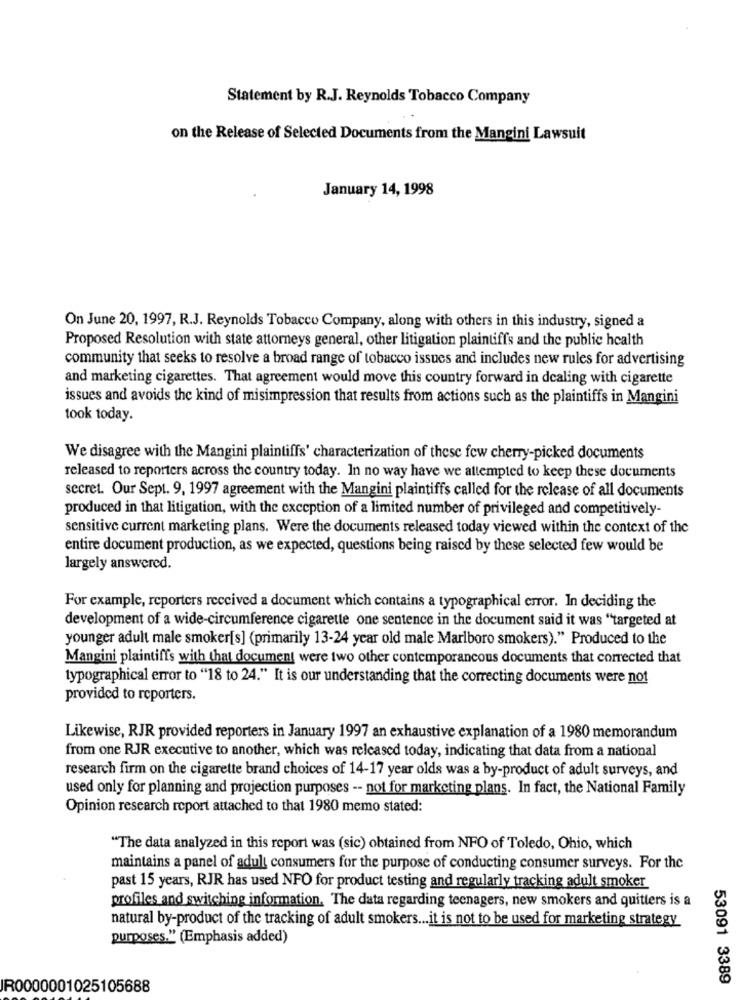
Statement by R.J. Reynolds Tobacco Company
on the Release of Selected Documents from the Mangini Lawsuit
January 14, 1998
On June 20, 1997, R.J. Reynolds Tobacco Company, along with others in this industry, signed a
Proposed Resolution with state attorneys general, other litigation plaintiffs and the public health
community that seeks to resolve a broad range of tobacco issues and includes new rules for advertising
and marketing cigarettes. That agreement would move this country forward in dealing with cigarette
issues and avoids the kind of misimpression that results from actions such as the plaintiffs in Mangini
took today.
We disagree with the Mangini plaintiffs' characterization of these few cherry-picked documents
released to reporters across the country today. In no way have we attempted to keep these documents
secret. Our Sept. 9, 1997 agreement with the Mangini plaintiffs called for the release of all documents
produced in that litigation, with the exception of a limited number of privileged and competitively-
sensitive current marketing plans. Were the documents released today viewed within the context of the
entire document production, as we expected, questions being raised by these selected few would be
largely answered.
For example, reporters received a document which contains a typographical error. In deciding the
development of a wide-circumference cigarette one sentence in the document said it was "targeted at
younger adult male smoker[s] (primarily 13-24 year old male Marlboro smokers)." Produced to the
Mangini plaintiffs with that document were two other contemporancous documents that corrected that
typographical error to "18 to 24." It is our understanding that the correcting documents were not
provided to reporters.
Likewise, RJR provided reporters in January 1997 an exhaustive explanation of a 1980 memorandum
from one RJR executive to another, which was released today, indicating that data from a national
research firm on the cigarette brand choices of 14-17 year olds was a by-product of adult surveys, and
used only for planning and projection purposes -- not for marketing plans. In fact, the National Family
Opinion research report attached to that 1980 memo stated:
"The data analyzed in this report was (sic) obtained from NFO of Toledo, Ohio, which
maintains a panel of adult consumers for the purpose of conducting consumer surveys. For the
past 15 years, RJR has used NFO for product testing and regularly tracking adult smoker
profiles and switching information. The data regarding teenagers, new smokers and quitters is a
natural by-product of the tracking of adult smokers ... it is not to be used for marketing strategy
purposes." (Emphasis added)
53091 3389
IR0000001025105688